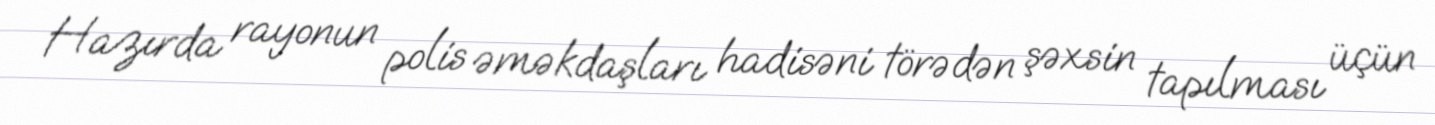
Hazırda rayonun polis əməkdaşları hadisəni törədən şəxsin tapılması üçün